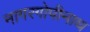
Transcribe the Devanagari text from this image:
नागरगोपीनाथ